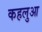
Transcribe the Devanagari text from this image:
कहलुआ